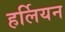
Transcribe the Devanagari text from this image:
हर्लियन